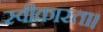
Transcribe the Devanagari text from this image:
स्वीकारता।